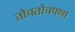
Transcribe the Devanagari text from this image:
तोचतोचपणा